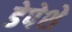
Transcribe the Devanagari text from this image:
डेपेशे